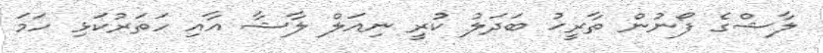
ލާޝްގެ ފޯނުން ތާރީޚު ބަދަލު ކުރީ ނިއަލް ލާޝާ އާއި ހަތަރުކަޅި ހަމަ